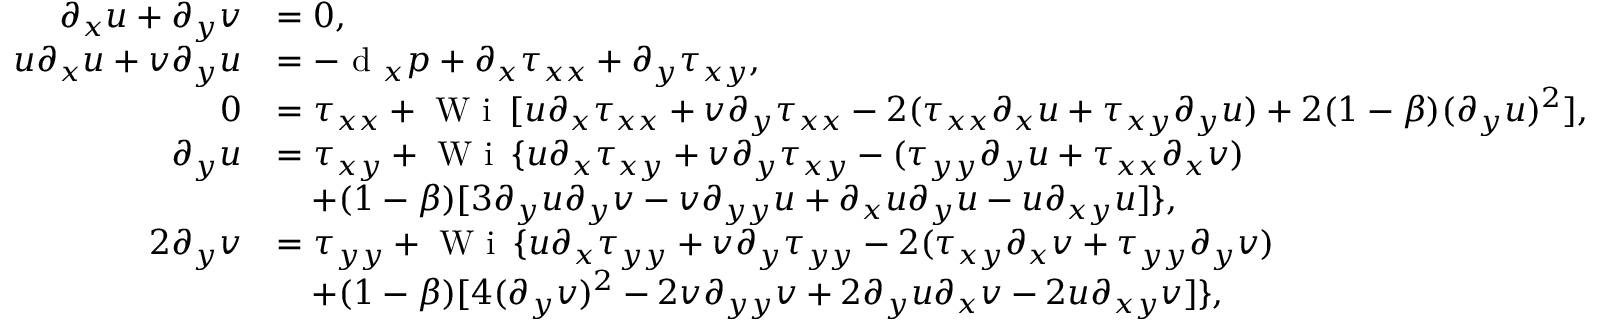
\begin{array} { r l } { \partial _ { x } u + \partial _ { y } v } & { = 0 , } \\ { u \partial _ { x } u + v \partial _ { y } u } & { = - \textrm { d } _ { x } p + \partial _ { x } \tau _ { x x } + \partial _ { y } \tau _ { x y } , } \\ { 0 } & { = \tau _ { x x } + \textrm { W i } \, [ u \partial _ { x } \tau _ { x x } + v \partial _ { y } \tau _ { x x } - 2 ( \tau _ { x x } \partial _ { x } u + \tau _ { x y } \partial _ { y } u ) + 2 ( 1 - \beta ) ( \partial _ { y } u ) ^ { 2 } ] , } \\ { \partial _ { y } u } & { = \tau _ { x y } + \textrm { W i } \, \{ u \partial _ { x } \tau _ { x y } + v \partial _ { y } \tau _ { x y } - ( \tau _ { y y } \partial _ { y } u + \tau _ { x x } \partial _ { x } v ) } \\ & { \quad + ( 1 - \beta ) [ 3 \partial _ { y } u \partial _ { y } v - v \partial _ { y y } u + \partial _ { x } u \partial _ { y } u - u \partial _ { x y } u ] \} , } \\ { 2 \partial _ { y } v } & { = \tau _ { y y } + \textrm { W i } \, \{ u \partial _ { x } \tau _ { y y } + v \partial _ { y } \tau _ { y y } - 2 ( \tau _ { x y } \partial _ { x } v + \tau _ { y y } \partial _ { y } v ) } \\ & { \quad + ( 1 - \beta ) [ 4 ( \partial _ { y } v ) ^ { 2 } - 2 v \partial _ { y y } v + 2 \partial _ { y } u \partial _ { x } v - 2 u \partial _ { x y } v ] \} , } \end{array}